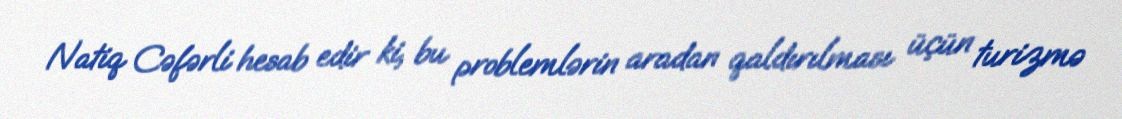
Natiq Cəfərli hesab edir ki, bu problemlərin aradan qaldırılması üçün turizmə